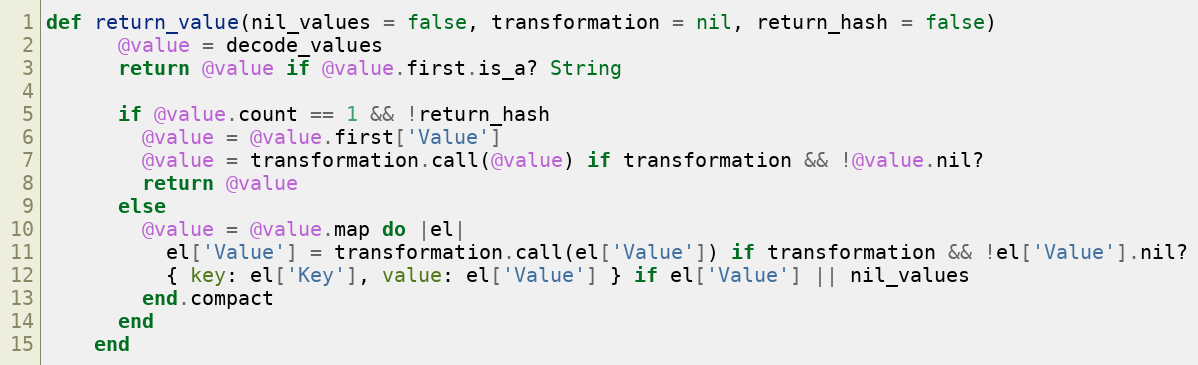
Language: Ruby
def return_value(nil_values = false, transformation = nil, return_hash = false)
      @value = decode_values
      return @value if @value.first.is_a? String

      if @value.count == 1 && !return_hash
        @value = @value.first['Value']
        @value = transformation.call(@value) if transformation && !@value.nil?
        return @value
      else
        @value = @value.map do |el|
          el['Value'] = transformation.call(el['Value']) if transformation && !el['Value'].nil?
          { key: el['Key'], value: el['Value'] } if el['Value'] || nil_values
        end.compact
      end
    end